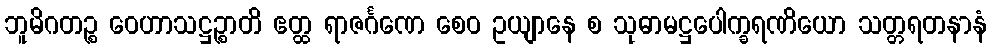
ဘူမိဂတဉ္စ ဝေဟာသဋ္ဌဉ္စာတိ ဧတ္ထ ရာဇင်္ဂဏေ စေဝ ဥယျာနေ စ သုဓာမဋ္ဌပေါက္ခရဏိယော သတ္တရတနာနံ